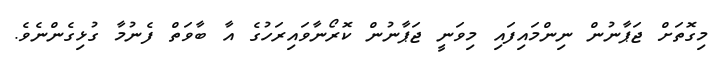
މިގޮތަށް ޖަޕާނުން ނިންމައިފައި މިވަނީ ޖަޕާނުން ކޮރޯނާވައިރަހުގެ އާ ބާވަތް ފެނުމާ ގުޅިގެންނެވެ.